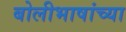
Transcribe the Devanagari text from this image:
बोलीभाषांच्या